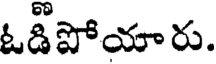
ఓడిపోయారు.